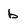
Character: b